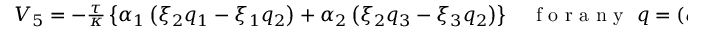
\begin{array} { r } { V _ { 5 } = - \frac { \tau } { \kappa } \left\lbrace \alpha _ { 1 } \left( \xi _ { 2 } q _ { 1 } - \xi _ { 1 } q _ { 2 } \right) + \alpha _ { 2 } \left( \xi _ { 2 } q _ { 3 } - \xi _ { 3 } q _ { 2 } \right) \right\rbrace \quad \mathrm { ~ f ~ o ~ r ~ a ~ n ~ y ~ } ~ q = ( q _ { 1 } , q _ { 2 } , q _ { 3 } ) \in \mathbb { R } ^ { 3 } . } \end{array}